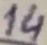
Text: 14